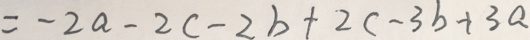
= - 2 a - 2 c - 2 b + 2 c - 3 b + 3 a